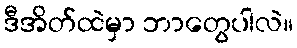
ဒီအိတ်ထဲမှာ ဘာတွေပါလဲ။